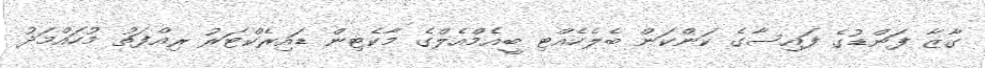
ގާޒާ ފަންޑުގެ ފައިސާގެ ކަންކަން ބެލެހެއްޓި ބީއެމްއެލްގެ މާކެޓިން ޑައިރެކްޓަރު ރިއްފަތު މުހައްމަދު